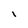
Character: I